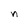
Character: n